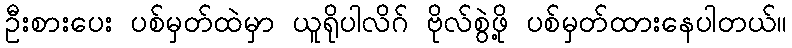
ဦးစားပေး ပစ်မှတ်ထဲမှာ ယူရိုပါလိဂ် ဗိုလ်စွဲဖို့ ပစ်မှတ်ထားနေပါတယ်။